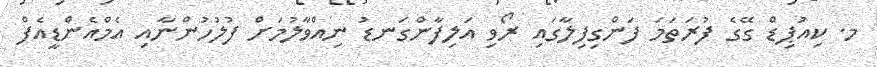
މ. ކިއުޕިޑް ގޭގެ ފުރަތަމަ ފަންގިފިލާގައި ރޯވި އަލިފާންގަނޑު ނިއްވާލުމަށް ފުލުހުންނާއި އެމްއެންޑީއެފް